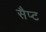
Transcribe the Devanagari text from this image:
सैप्ट